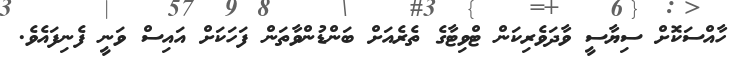
ހާއްސަކޮށް ސިޔާސީ ވާދަވެރިކަން ޓްވިޓާގެ ތެރެއަށް ބަންޑުންވާތަން ފަހަކަށް އައިސް ވަނީ ފެނިފައެވެ.